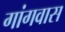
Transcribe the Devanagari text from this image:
गांगवास